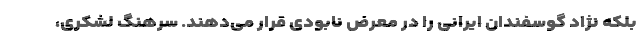
بلکه نژاد گوسفندان ایرانی را در معرض نابودی قرار می‌دهند. سرهنگ لشکری،